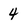
Character: 4